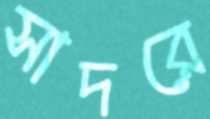
সাদরে